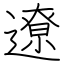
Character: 遼